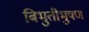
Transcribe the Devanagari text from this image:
बिभुतीभुषण